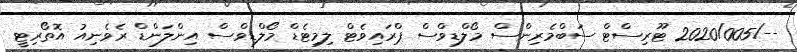
--/2020/005 ޓޫރިސްޓް ސަބްމެރިންސް މޯލްޑިވްސް ޕްރައިވެޓް ލިމިޓެޑް މޯލްޑިވްސް އިންލަންޑް ރެވެނިއު އޮތޯރިޓީ